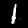
Label: 1